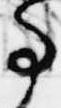
事